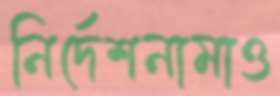
নির্দেশনামাও